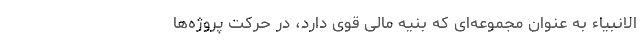
الانبیاء به عنوان مجموعه‌ای که بنیه مالی قوی دارد، در حرکت پروژه‌ها